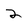
Character: 2